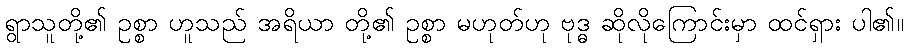
ရွာသူတို့၏ ဥစ္စာ ဟူသည် အရိယာ တို့၏ ဥစ္စာ မဟုတ်ဟု ဗုဒ္ဓ ဆိုလိုကြောင်းမှာ ထင်ရှား ပါ၏။